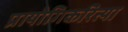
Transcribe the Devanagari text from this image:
प्रायोगिकरित्या